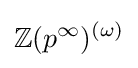
\mathbb {Z} (p^{\infty })^{(\omega )}